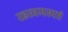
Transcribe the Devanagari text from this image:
रहस्यमस्पष्टं